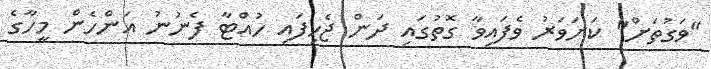
"ވަގުތަށް" ކަށަވަރު ވެފައިވާ ގޮތުގައި ދަން ޖެހިފައި ހުއްޓާ ފެނުނު އަންހެން މީހާގެ